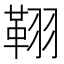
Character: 𦑜